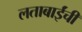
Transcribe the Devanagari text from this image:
लताबाईंची